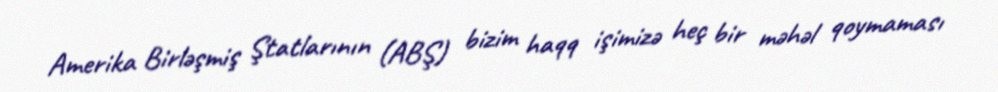
Amerika Birləşmiş Ştatlarının (ABŞ) bizim haqq işimizə heç bir məhəl qoymaması